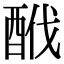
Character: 䣹